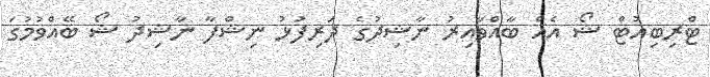
ޓްރިބިއުޓް ޝޯ އެއް ބާއްވާއިރު ނާޝިދުގެ ދަރިފުޅު ނިޝްފާ ނާޝިދު ޝޯ ބޭއްވުމުގަ